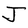
Character: J